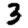
Digit: 3